Vital statistics of India. Vol. IV, Annual returns from 1871 to 1876. British Army of India, Native Army and jails of Bengal
Year: 1871
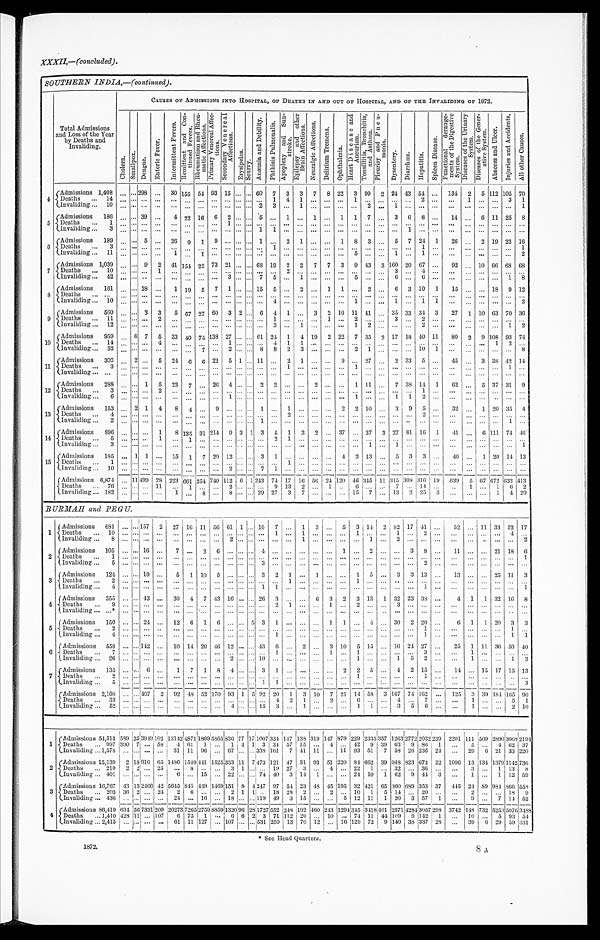
SOUTHERN INDIA,— (continued).
Total Admissions
and Loss of the Year
by Deaths and
Invaliding.
CAUSES OF ADMISSIONS INTO HOSPITAL, OF DEATHS IN AND OUT OF HOSPITAL, AND OF THE INVALIDING OF 1872.
C h o l e r a .
S m a l l p o x .
D e n g u e .
E n t e r i c F e v e r .
I n t e r m i t t e n t F e v e r s . R e m i t t e n t a n d C o n - t i n u e d F e v e r s .
R h e u m a t i s m a n d R h e u - m a t i c A f f e c t i o n s . P r i m a r y V e n e r e a l A f f e c - t i o n s .
S e c o n d a r y V e n e r e a l A f f e c t i o n s .
E r y s i p e l a s . S c u r v y .
A n æ m i a a n d D e b i l i t y .
P h t h i s i s P u l m o n a l i s .
A p o p l e x y a n d S u n - s t r o k e .
E p i l e p s y a n d o t h e r B r a i n A f f e c t i o n s .
N e u r a l g i c A f f e c t i o n s .
D e l i r i u m T r e m e n s .
O p h t h a l m i a .
H e a r t D i s e a s e a n d A n e u r i s m . T o n s i l l i t i s , B r o n c h i t i s , a n d A s t h m a .
P l e u r i s y a n d P n e u - m o n i a .
D y s e n t e r y . Diarrhœa. H e p a t i t i s . S p l e e n D i s e a s e .
F u n c t i o n a l d e r a n g e - m e n t s o f t h e D i g e s t i v e S y s t e m .
D i s e a s e s o f t h e U r i n a r y S y s t e m . D i s e a s e s o f t h e G e n e r - a t i v e S y s t e m .
A b s c e s s a n d U l c e r .
I n j u r i e s a n d A c c i d e n t s . A l l o t h e r C a u s e s .
4 Admissions 1,408 ...
...
298 ...
30 155 54 93
1 5
...
... 60
7 3 3 7 8 22 3 99 2 24 43 54 ... 134 2 5
112
105 70
Deaths
..
.
14
. . .
... ... ...
. . .
. . . ... ... ... ... ... ... 1 4 1 ... ...
. . . 1
. . . ... ... ... 2 ... ... 1 ... ... 3 1
I n v a l i d i n g . . .
1 0
. . .
... ... ...
. . .
. . . ... ... ... ... ... 2 3 ... 1
... ...
. . .
. . .
2 ... 1
... ... ...
...
... ... ... ... 1
5
Admissions
186
. . .
... 39 ...
4 22 16 6 2 ... ... 5 ... 1 ... 1 ... 1 1 7 ... 3 6 8 ...
14 ... 6 11 25 8
Deaths ...
1
. . .
... ... ...
. . .
. . . ... ... 1 ... ... ... ... ... ... ... ...
. . .
. . .
. . .
... ... ... ... ...
...
... ... ... ... ...
I n v a l i d i n g . . .
3
. . .
... ... ...
. . .
. . . ... ... ... ... ... 1 1 ... ... ... ...
. . .
. . .
. . .
... ... 1 ... ...
... ... ... ... ... ...
6
Admissions
189 ... ... 5 ...
26
9
1 9 ... ... ... 1 ... 2 1 ... ... 1 8 3 ... 5 7 24 1
26 ...
2 19 23 16
Deaths
...
3
. . . ... ... ...
. . .
. . . ... ... ... ... ... ... 1 ... ... ... ...
. . .
. . .
. . . ... ... ... 1 ...
...
... ... ... ... 1
Invaliding ... 11
. . . ... ... ...
1
. . . 1
... ... ... ... ... ... ... ... ... ...
. . .
5
. . . ... 1
... 1 ...
...
... ... ... ... 2
7
A d m i s s i o n s 1,039
. . . ... 9
2 41 154 25 73 21 ... ... 68 19 2 2 7 7 3 9 43 3 160 20 67 ...
92 ... 10 66 68 68
Deaths
. . .
1 0
. . . ... ... 1
. . .
. . . ... ... ... ... ... ... ... 2 ... ...
...
. . .
. . .
. . . ... 3
... 4
... ... ... ... ... ... ...
I n v a l i d i n g . . .
4 2
. . . ... .. ...
. . .
. . . ... ... 3 ... ... 7 5 ... 1
...
.... . . .
5
. . . ... 6
... 6 ...
...
... ... ... 1 8
8
A d m i s s i o n s 161 ... ... 28 ...
1 19 5 7 1 ... ... 15 5 ... 2 ... 1 1 ... 2 ... 6 3 10 1
15 ... ... 18
9 12
Deaths
... ...
... ... ... ...
. . .
. . . ... ... ... ... ... ... ... ... ... ... ... ...
. . .
. . . ... ... ... ... ... ... ... ... ... ... ...
I n v a l i d i n g . . .
1 0
. . . ... ... ...
. . .
. . . ... ... ... ... ... ... 4 ... ... ... ...
. . .
1
. . . ... 1
... 1 1
...
... ... ... ... 2
9 Admissions 560
. . . ... 3 3
5 67 27 60
3 2 ... 6
4
1 ... 3 2 10 11 41
... 35 33 34 3
27
1 10 63 70 36
De a t hs . . .
1 1
. . . ... ... 2
. . .
. . . ... ... ... ... ... ... 1 ... ... ...
1
. . .
2
. . . ...
3 ...
2 ... ... ... ... ... ... ...
I n v a l i d i n g . . .
1 2
. . . ... ... ...
. . .
. . . ... ... ... ... ... ... 3 ... 1
...
...
. . .
1
2 ... ... ... 2 ...
...
... ... ... 1 2
10 Admissions 959
. . .
6 7 5 33 40 74
138
27
... .... 61
24
1 4 19 2 22 7 35 2 17 18 40 11
80
2 9
108
93 74
Deaths
... 14
. . . ... ... 4 ... ... ... ... 1 ... ... ... 4 1 1 ...
...
. . .
. . .
. . . ... ... ... ... ...
...
... ... 1 2 ...
Invaliding ... 52 . . . ... ... ... . . .
. . .
7 ... 2 ... ... 8 8 2
3 ...
...
. . .
2
1 ... ... ... 10 1
...
... ... ... ... 8
11
A d m i s s i o n s 303 . . . 2 ... 5 24 6 6 22 5 1 ... 11 ... 2 1 ... ... 9 ... 27 ... 2 33 5 ...
45 ...
3 38 42 14
Deaths
...
3
. . . ... ... ...
. . .
. . . ... ... ... ... ... ... ... 1 ... ... ...
. . .
1
. . . ... ... ... ... ...
...
... ... ... 1 ...
Invaliding ... ...
... ... ... ...
... ... ... ... ... ... ... ... ... ... ... ... ...
. . .
. . .
. . . ... ... ... ... ... ... ... ... ... ... ...
12
Admissions
288
. . .
... 1 5 23 7 ... 26
4
...
... 2
2 ... ...
2 ... ...
1 11 ... 7 38 14 1
62 ...
5 37 31 9
Deaths
...
3 ... ... ...
2
... ... ... ... ... ... ... ... ... ... ... ... ...
. . .
. . .
. . . ... ... ... 1
. . .
... ... ... ... ... ...
Invaliding ...
6 ... ... ... ...
. . .
. . . ... ... 1 ... ... ... ... ... ... ... ...
. . .
1
. . . ... 1
1
2 ...
... ... ... ... ... ...
13 Admissions 153 ... 2 1 4 8 4 ... 9 ... ... ... 1 ... 1 ... ...
...
2 2 10
...
3 9 5 ...
32 ... 1 20 35 4
Deat hs . . .
4
. . .
... ... ...
. . .
. . . ... ... ... ... ... ... ... 2 ... ... ...
. . . . . .
. . . ...
... ... 2 ...
... ... ... ... ... ...
I n v a l i d i n g . . .
2
. . .
... ... ...
. . .
. . . ... ... ... ... ... 1 ... ... ... ... ...
. . . . . .
. . . ...
... .. ... ... ... ... ... ... 1 ...
14 Admissions 896
. . .
... ...
1
8 135 31
214 9 3 1 3 5 1 3 2 ... 37 ... 37 3 27 81 16 1
41 ... 6 111 74 46
Deat hs . . .
5
. . .
... ..
1
. . .
1 ... ... ... ... ... ... 2 1
... ... ...
. . . . . .
. . . ... ... ... ... ...
... ... ... ... ... ...
I n v a l i d i n g . . .
3
. . .
... ...
...
. . .
. . . ... ... ... ... ... ... ... ...
... ... ...
. . . . . .
1 ... 1
... ... ...
. . . ... ... ... ... 1
15 Admissions 185 ... 1 1 ... 15 1 7 20 12 ... ... 3 1 ... ... ... ... 4 2 13 ... 5 3 3 ... 46 ... 1 20 14 13
D e a t h s . . .
1
. . .
... ... ...
. . .
. . . ... ... ... ... ... ... ... 1 ... ... ...
. . .
. . .
. . . ...
... ... ...
. . . ... ... ... ... ... ...
Invaliding ... 10
. . .
... ... ...
. . .
. . . ... ...
2 ... ... 7
1
... ... ... ...
. . .
. . .
. . . ...
... ... ...
. . . ... ... ... ... ... ...
Admissions 6,874 ... 11
499
28 223 661 254 740
112 6
1 243
74 17 16 56 24
120
46
3 4 5
11
315
308 316 19
639
5 67 672 633 413
Deaths ...
76 . . . ... ... 11 ... 1 ... ...
2 ... . . . ... 9 13 2 ... 1 ...
6 . . .
... 7
... 14 ...
...
1 ... 1
6 2
I n v a l i d i n g . . .
1 8 2
. . . ... ... ...
1
. . . 8 ... 8 ... ... 29 27 3
7 ... . . .
. . .
1 5
7 ... 13 2 25 3 ... ... ... 1
4 29
BURMAH and PEGU.
1 Admissions
681 ... ...
157
2
27
1 6 11 56 61 1
... 10 7
...
1 3 ...
5
3 14 2 82 17 41
...
52 ... 11 33 52 17
D e a t h s . . .
1 0
. . .
... ...
...
. . .
. . .
... ... ... ... ... ... 1 ...
1 ... ...
. . .
1
. . .
... 1
... 2 ...
... ... ... ... 4 ...
I n v a l i d i n g . . .
8
. . .
... ...
...
. . .
. . .
... ... 2 ... ... ... ... ...
1 ... ...
. . .
. . .
1 ... 2
... ... ...
... ... .. ...
... 2
2
Admissions
105
. . .
... 16 ... 7
. . . 2
6 ... ... ... 4 ... ...
... ... ...
1 ... 2 ... ... 3 8 ...
11 ... ... 21 18 6
D e a t h s . . .
1
. . .
... ...
...
. . .
. . .
... ... ... ... ... ... ... ...
... ... ...
. . .
. . .
. . . ... ... ... ... ... ... ... ... ... ... 1
I n v a l i d i n g . . .
5
. . .
... ...
...
. . .
. . .
... ... ... ... ... 3 ... ...
... ... ...
. . .
. . .
. . . ... ... ... 2 ...
. . . ... ... ... ... ...
3
Admissions
124 ... ... 19 ...
5
1 10 5 ... ...
... 3
2
1 ... 1 ...
... 1
5 ...
3
3 13 ...
13 ... ... 25 11 3
D e a t h s . . .
2
. . .
... ... ...
. . .
. . .
... ... ... ... ... . . . ...
1 ... ... ...
. . .
1
. . .
...
... ... ... ...
... ... ... ... ... ...
Invaliding ...
4 ... ... ... ...
. . .
. . . ... ... ... ... ... 1 1
. . .
... ... ...
. . .
. . .
. . .
...
... ... 1 ...
... ... ... ... ... 1
4 Admissions 355 ... ... 43 ... 30 4 7 43 16 ... ... 26 3 ... ... 6 3 2 3 13 1 32 23 38 ...
4
1
1 32 16 8
Deaths
...
9 ... ... ... ...
... ... ... ... ... ... ... ... 2
1 ... ...
1
. . .
2
. . .
... 3
... ... ...
...
...
. . .
... ... ...
I n v a l i d i n g . . .
. . . * . . .
... ... ...
. . .
. . .
... ... ... ... ... ... ...
. . .
... ...
...
. . .
. . .
. . .
... ... ... ... ...
...
... ... ... ... ...
5 Admissions 150 ... ... 24 ... 12 6 1 6 ... ... 5 3 1 ... ... ... 1 1 ... 4 ... 30 2 20 ...
6
1 1 20 3 3
Deat hs . . .
2
. . .
... ... ..
. . .
. . .
... ... ... ... ... ... ... ... ... ...
...
. . .
. . .
. . .
... ... ... 1 ...
...
...
. . .
...
1 ...
I n v a l i d i n g . . .
4
. . .
... ... ...
. . .
. . .
... ... ... ... ... ... 1 ... ... ...
...
. . .
. . .
. . .
... ... ... 1 ...
...
... ... ...
1 1
6
Admissions
558 ... ... 142 ...
10 14 20 46 12 ... ... 43 6 ... 2 ... 3 10 5 15 ... 16 24 27 ...
25
1 11 36 50 40
De a t hs . . .
7
. . .
... ... ...
. . .
. . .
... ... ... ... ... ... 1 ...
.... ...
1
. . .
1
. . .
... ... ... 3 ...
...
1 ... ...
... ...
I n v a l i d i n g . . .
2 6
. . .
... ... ...
. . .
. . .
... ... 2 ... ... 10 ... ...
... ...
...
. . .
1
. . .
... 1
5 2 ...
...
1 ... ...
1 3
7 Admissions 135 ... ... 6 ...
1 7 1 8 4 ...
3
1 ... ... ... ... 2 2 5 ... 4 2 15 ...
14 ... 15 17 15 13
Deat hs . . .
2
. . .
...
. . .
...
. . .
. . .
... ... ... ... ... ... ... ...
... ...
...
. . .
1
. . .
...
... ... 1 ...
...
... ...
... ... ...
I n v a l i d i n g . . .
5
. . .
...
. . .
...
. . .
. . .
... ... ... ... ...
1 1 ...
... ...
...
. . .
. . .
. . .
...
... ... ... ...
...
... ...
... ... 3
Admissions 2,108
. . .
... 407
2 92 48 52 170 93 1 5 92 20 1
3 10 7 21 14 58 3 167 74 162 ...
125 3 39 184 165 9 0
D e a t h s . . .
3 3
... ... ...
...
. . .
. . .
... ... ... ... ... ... 4
2 1 ...
2
. . .
6
. . . . . . 4 ... 7 ...
...
1 ... ... 5
1
Invaliding ... 52 ... ... ... ...
. . .
. . .
... ... 4 ... ... 15 3
. . . 1 ...
. . .
. . . 1 1 ... 3 5 6 ...
...
1 ... ... 2 10
1
Admissions 54,513 589
25
3949
102
131 4 2
4 8 7 1
1869 5865 836
77 17
1007 334 147 138 319 147 879 229 233 5
357 1263 2772 2032
239
2201 111 509 2890 3 0 6 8 2194
Deaths
... 997 390 7 ... 58
4 61 1
... 1 4 1 3 34 57 15 ... 4
. . . " 42
9 39 63
9 86
1 ...
5 ...
4 62 37
Invaliding ... 1,578
. . .
...
...
...
31 11 96 ... 67 ... ... 338 161 7 41 11 ... 11 93 51 7 58 26 236 24 ... 29 6 21 33 220
2 Admissions 15,139 2 18 916 65 1486 1549
441 1525 333 11
7 473 121 47 31 93 51 220 84 662 39 948 823 672 22 1096 13 134 1379 1142 736
Deaths
... 210
2 2 ... 25 ... 8 ... ... 3 1 ... ... 19 27 3 ... 4 ... 22
1 ... 32 ... 36 ... ... 3 ...
1 13 8
Invaliding ... 401 ... ... ... ...
6 ... 15 ... 22 ... .. 74 40 3 14 1 ... ... 24 10 1
62 9 44 3 ...
1 ... 1 12 59
3
Admissions 16,767 43
13 2466 42 5645 845 449 1469 151 8 4 4247 97 54 23 48 45 195 32 421 65 360 689 353 37 445 24 89 984 866 558
Deaths
... 203 36 2 ... 24
2 6 ... ... 2 1 1 .. 18 28 2 ... 2 ... 10 1 5 14 ... 20 ... ...
2 ... ... 18 9
Invaliding ... 436 ... ... ... ...
24 ... 16 ... 18 ... ...
119 49
3 15 ... ...
5 12 11 1 20 3 57 1 ...
9 ...
7 14 52
4
Admissions 86,419 634 56 7331 209
2 0 2 7 3 7265 2759 8859 1320 96 28 1727 552 248 192 460 243 1294 345
3 4 1 8
461 2571 4284 3057 298 3742 148 732 5253 5076 3488
Deaths
... 1,410 428 11 ... 107
6 75
1 ... 6 6 2 3 71 112 20 ... 10 ... 74 11 44 109 9 142 1 ...
10 ...
5 93 54
Invaliding ... 2,415 ... ... ... ... 61 11 127 ... 107 ... ... 531 250 13 70 12 ... 16 129 72 9 140 38 337 28 ...
39
6 29
59 331
1872.
8 A.